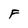
Character: F